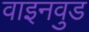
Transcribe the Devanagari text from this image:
वाइनवुड